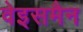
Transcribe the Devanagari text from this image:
वेइसमैन